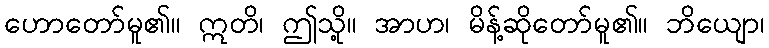
ဟောတော်မူ၏။ ဣတိ၊ ဤသို့။ အာဟ၊ မိန့်ဆိုတော်မူ၏။ ဘိယျော၊